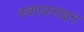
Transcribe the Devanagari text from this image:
स्कायलाइन